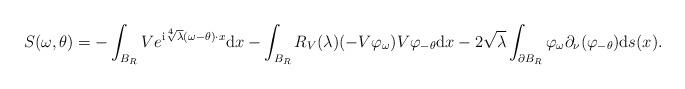
LaTeX: \begin{align*}S(\omega, \theta) = -\int_{B_R} V e^{{\rm i} \sqrt[4]{\lambda}(\omega - \theta)\cdot x} {\rm d}x - \int_{B_R} R_V(\lambda) (-V \varphi_{\omega}) V\varphi_{-\theta}{\rm d}x- 2\sqrt{\lambda} \int_{\partial B_R} \varphi_{\omega} \partial_\nu (\varphi_{-\theta}) {\rm d}s(x).\end{align*}